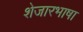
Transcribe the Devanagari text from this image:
शेजारभाषा